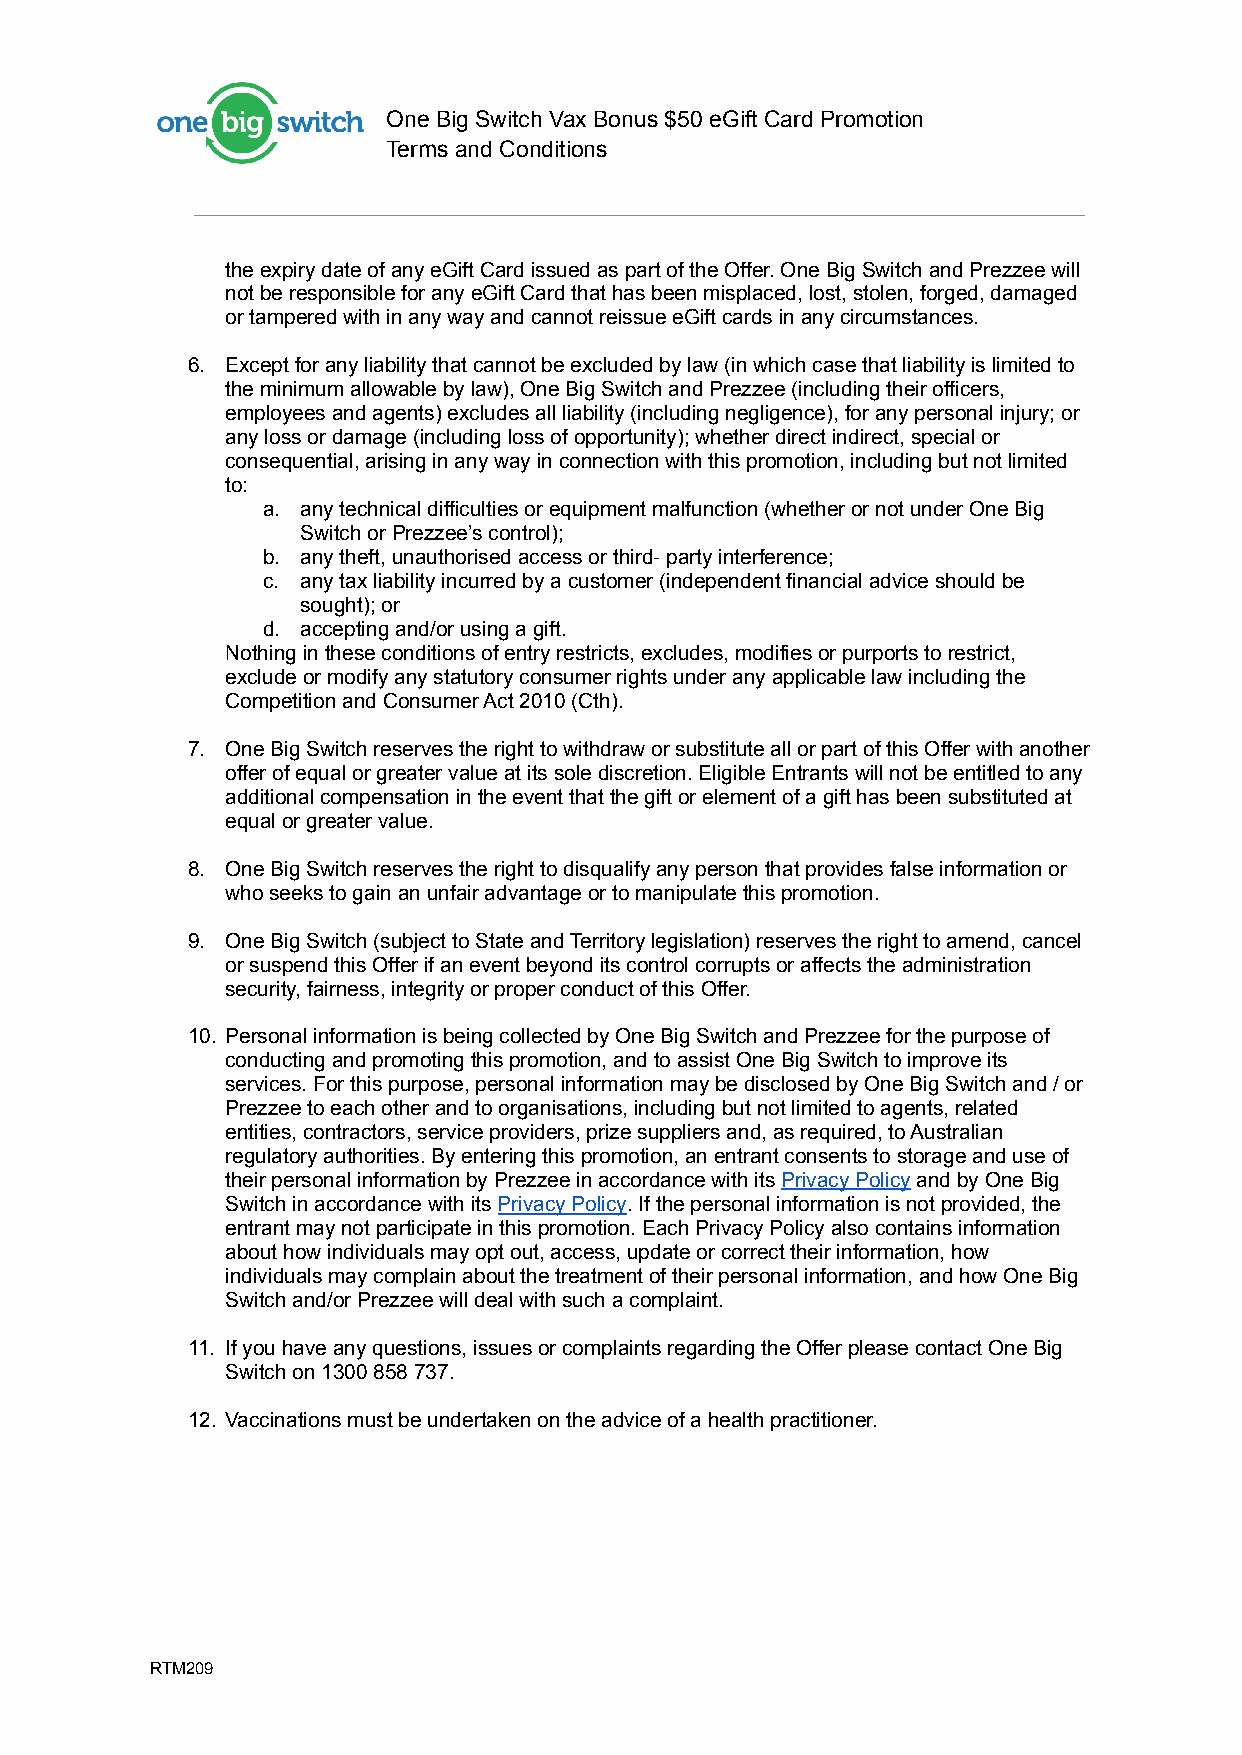
One Big Switch Vax Bonus $50 eGift Card Promotion
 Terms and Conditions
 the expiry date of any eGift Card issued as part of the Offer. One Big Switch and Prezzee will
 not be responsible for any eGift Card that has beenmisplaced, lost, stolen, forged, damaged
 or tampered with in any way and cannot reissue eGiftcards in any circumstances.
 6. Except for any liability that cannot be excluded bylaw (in which case that liability is limited to
 the minimum allowable by law), One Big Switch andPrezzee (including their officers,
 employees and agents) excludes all liability (includingnegligence), for any personal injury; or
 any loss or damage (including loss of opportunity);whether direct indirect, special or
 consequential, arising in any way in connection withthis promotion, including but not limited
 to:
 a. any technical difficulties or equipment malfunction(whether or not under One Big
 Switch or Prezzee’s control);
 b. any theft, unauthorised access or third- party interference;
 c. any tax liability incurred by a customer (independentfinancial advice should be
 sought); or
 d. accepting and/or using a gift.
 Nothing in these conditions of entry restricts, excludes,modifies or purports to restrict,
 exclude or modify any statutory consumer rights underany applicable law including the
 Competition and Consumer Act 2010 (Cth).
 7. One Big Switch reserves the right to withdraw or substituteall or part of this Offer with another
 offer of equal or greater value at its sole discretion.Eligible Entrants will not be entitled to any
 additional compensation in the event that the giftor element of a gift has been substituted at
 equal or greater value.
 8. One Big Switch reserves the right to disqualify anyperson that provides false information or
 who seeks to gain an unfair advantage or to manipulatethis promotion.
 9. One Big Switch (subject to State and Territory legislation)reserves the right to amend, cancel
 or suspend this Offer if an event beyond its controlcorrupts or affects the administration
 security, fairness, integrity or proper conduct ofthis Offer.
 10. Personal information is being collected by One BigSwitch and Prezzee for the purpose of
 conducting and promoting this promotion, and to assistOne Big Switch to improve its
 services. For this purpose, personal information maybe disclosed by One Big Switch and / or
 Prezzee to each other and to organisations, includingbut not limited to agents, related
 entities, contractors, service providers, prize suppliersand, as required, to Australian
 regulatory authorities. By entering this promotion,an entrant consents to storage and use of
 their personal information by Prezzee in accordancewith itsPrivacy Policyand by One Big
 Switch in accordance with itsPrivacy Policy. If thepersonal information is not provided, the
 entrant may not participate in this promotion. EachPrivacy Policy also contains information
 about how individuals may opt out, access, updateor correct their information, how
 individuals may complain about the treatment of theirpersonal information, and how One Big
 Switch and/or Prezzee will deal with such a complaint.
 11. If you have any questions, issues or complaints regardingthe Offer please contact One Big
 Switch on 1300 858 737.
 12. Vaccination s must be undertaken on the adviceof a health practitioner.
 RTM209